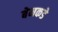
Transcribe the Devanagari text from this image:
बेनकडे